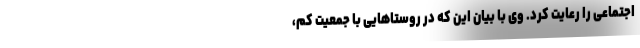
اجتماعی را رعایت کرد. وی با بیان این که در روستاهایی با جمعیت کم،